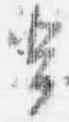
輩